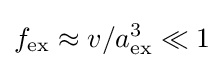
f_{\rm {ex}}\approx v/a_{\rm {ex}}^{3}\ll 1